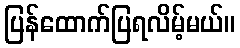
ပြန်ထောက်ပြရလိမ့်မယ်။